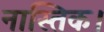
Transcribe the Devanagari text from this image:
नास्तिक।